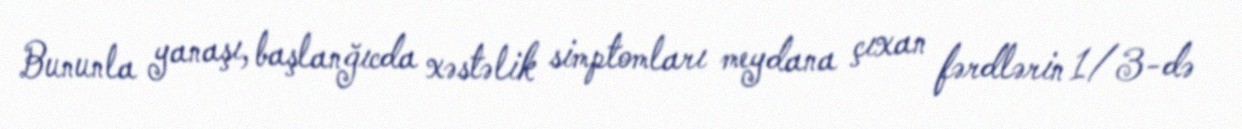
Bununla yanaşı, başlanğıcda xəstəlik simptomları meydana çıxan fərdlərin 1/3-də